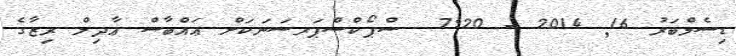
ޑިސެމްބަރު 16